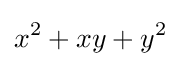
x^{2}+xy+y^{2}